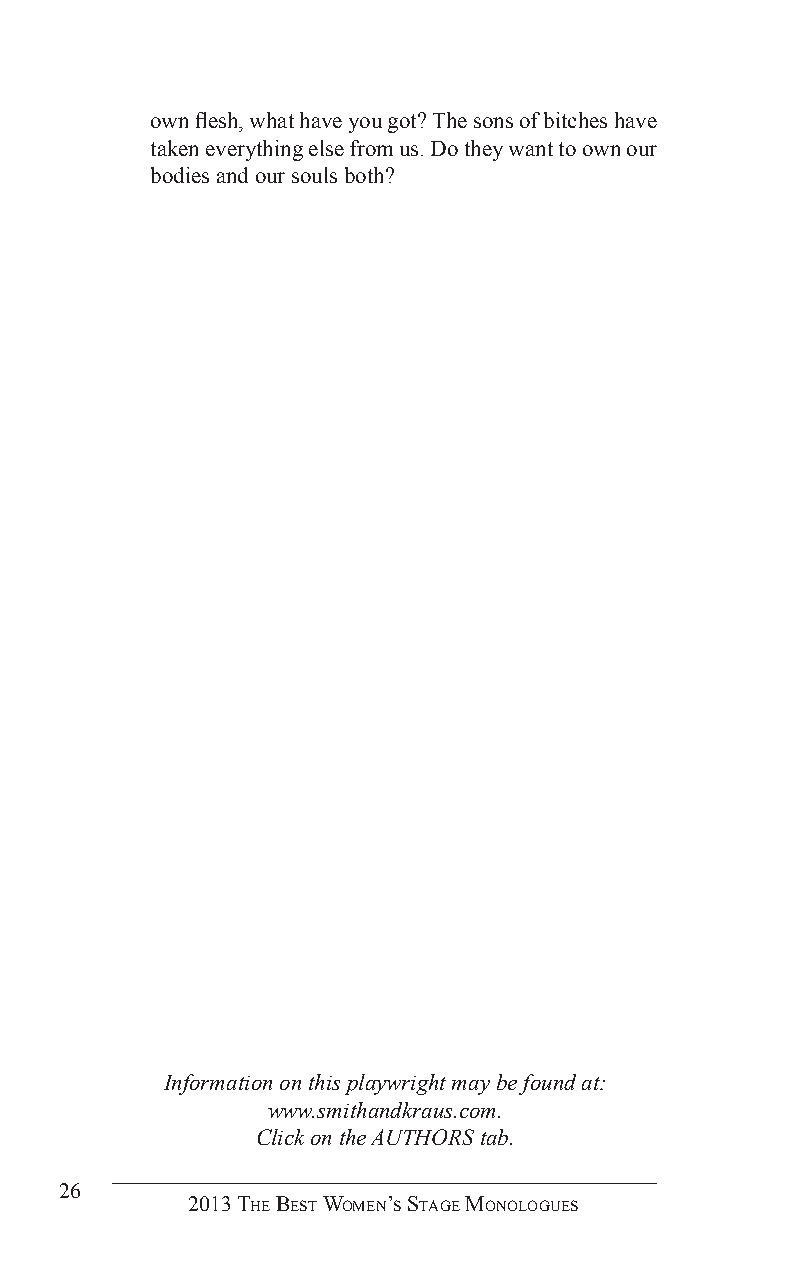
own flesh, what have you got? The sons of bitches have
 taken everything else from us. Do they want to own our
 bodies and our souls both?
 Information on this playwright may be found at:
 www.smithandkraus.com.
 Click on the AUTHORS tab.
 26
 2013 The BesT Women’s sTage monologues